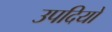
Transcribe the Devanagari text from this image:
उपदियों